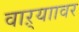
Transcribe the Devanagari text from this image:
वाऱ्याावर